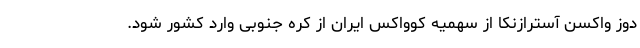
دوز واکسن آسترازنکا از سهمیه کوواکس ایران از کره جنوبی وارد کشور شود.